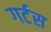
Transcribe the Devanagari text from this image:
गर्टस